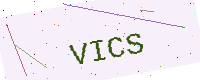
Text: VICS